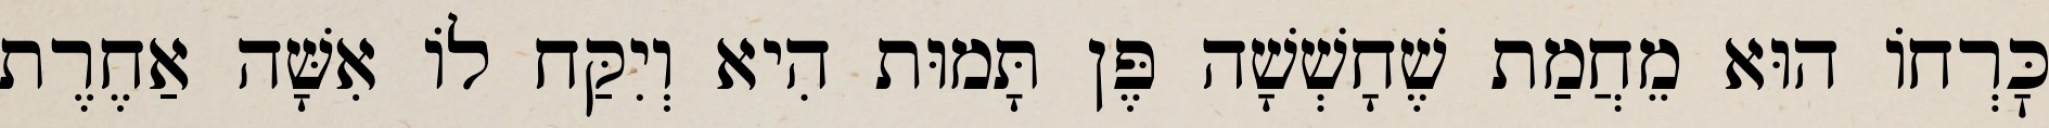
כׇּרְחוֹ הוּא מֵחֲמַת שֶׁחָשְׁשָׁה פֶּן תָּמוּת הִיא וְיִקַּח לוֹ אִשָּׁה אַחֶרֶת